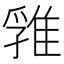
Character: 𨿚